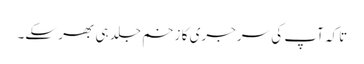
تاکہ آپ کی سرجری کا زخم جلد ہی بھر سکے۔